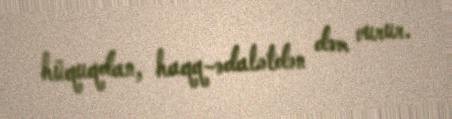
hüquqdan, haqq-ədalətdən dəm vurur.